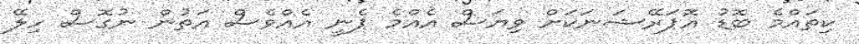
ކިތައްމެ ބޮޑު އޮޕަރޭޝަނަކަށް ވިޔަސް އެއްމެ ޕެނީ އެއްވެސް އަތުން ނުގޮސް ހިލޭ